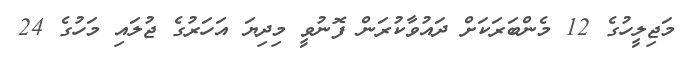
މަޖިލީހުގެ 12 މެންބަރަކަށް ދައުވާކުރަން ފޮނުވީ މިދިޔަ އަހަރުގެ ޖުލައި މަހުގެ 24